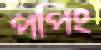
পপিং